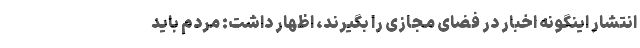
انتشار اینگونه اخبار در فضای مجازی را بگیرند، اظهار داشت: مردم باید